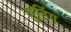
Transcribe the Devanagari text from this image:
पुटिंग